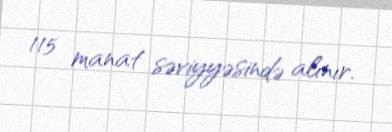
115 manat səviyyəsində alınır.